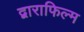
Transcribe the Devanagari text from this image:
द्वाराफिल्म